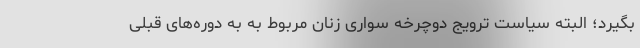
بگیرد؛ البته سیاست ترویج دوچرخه سواری زنان مربوط به به دوره‌های قبلی